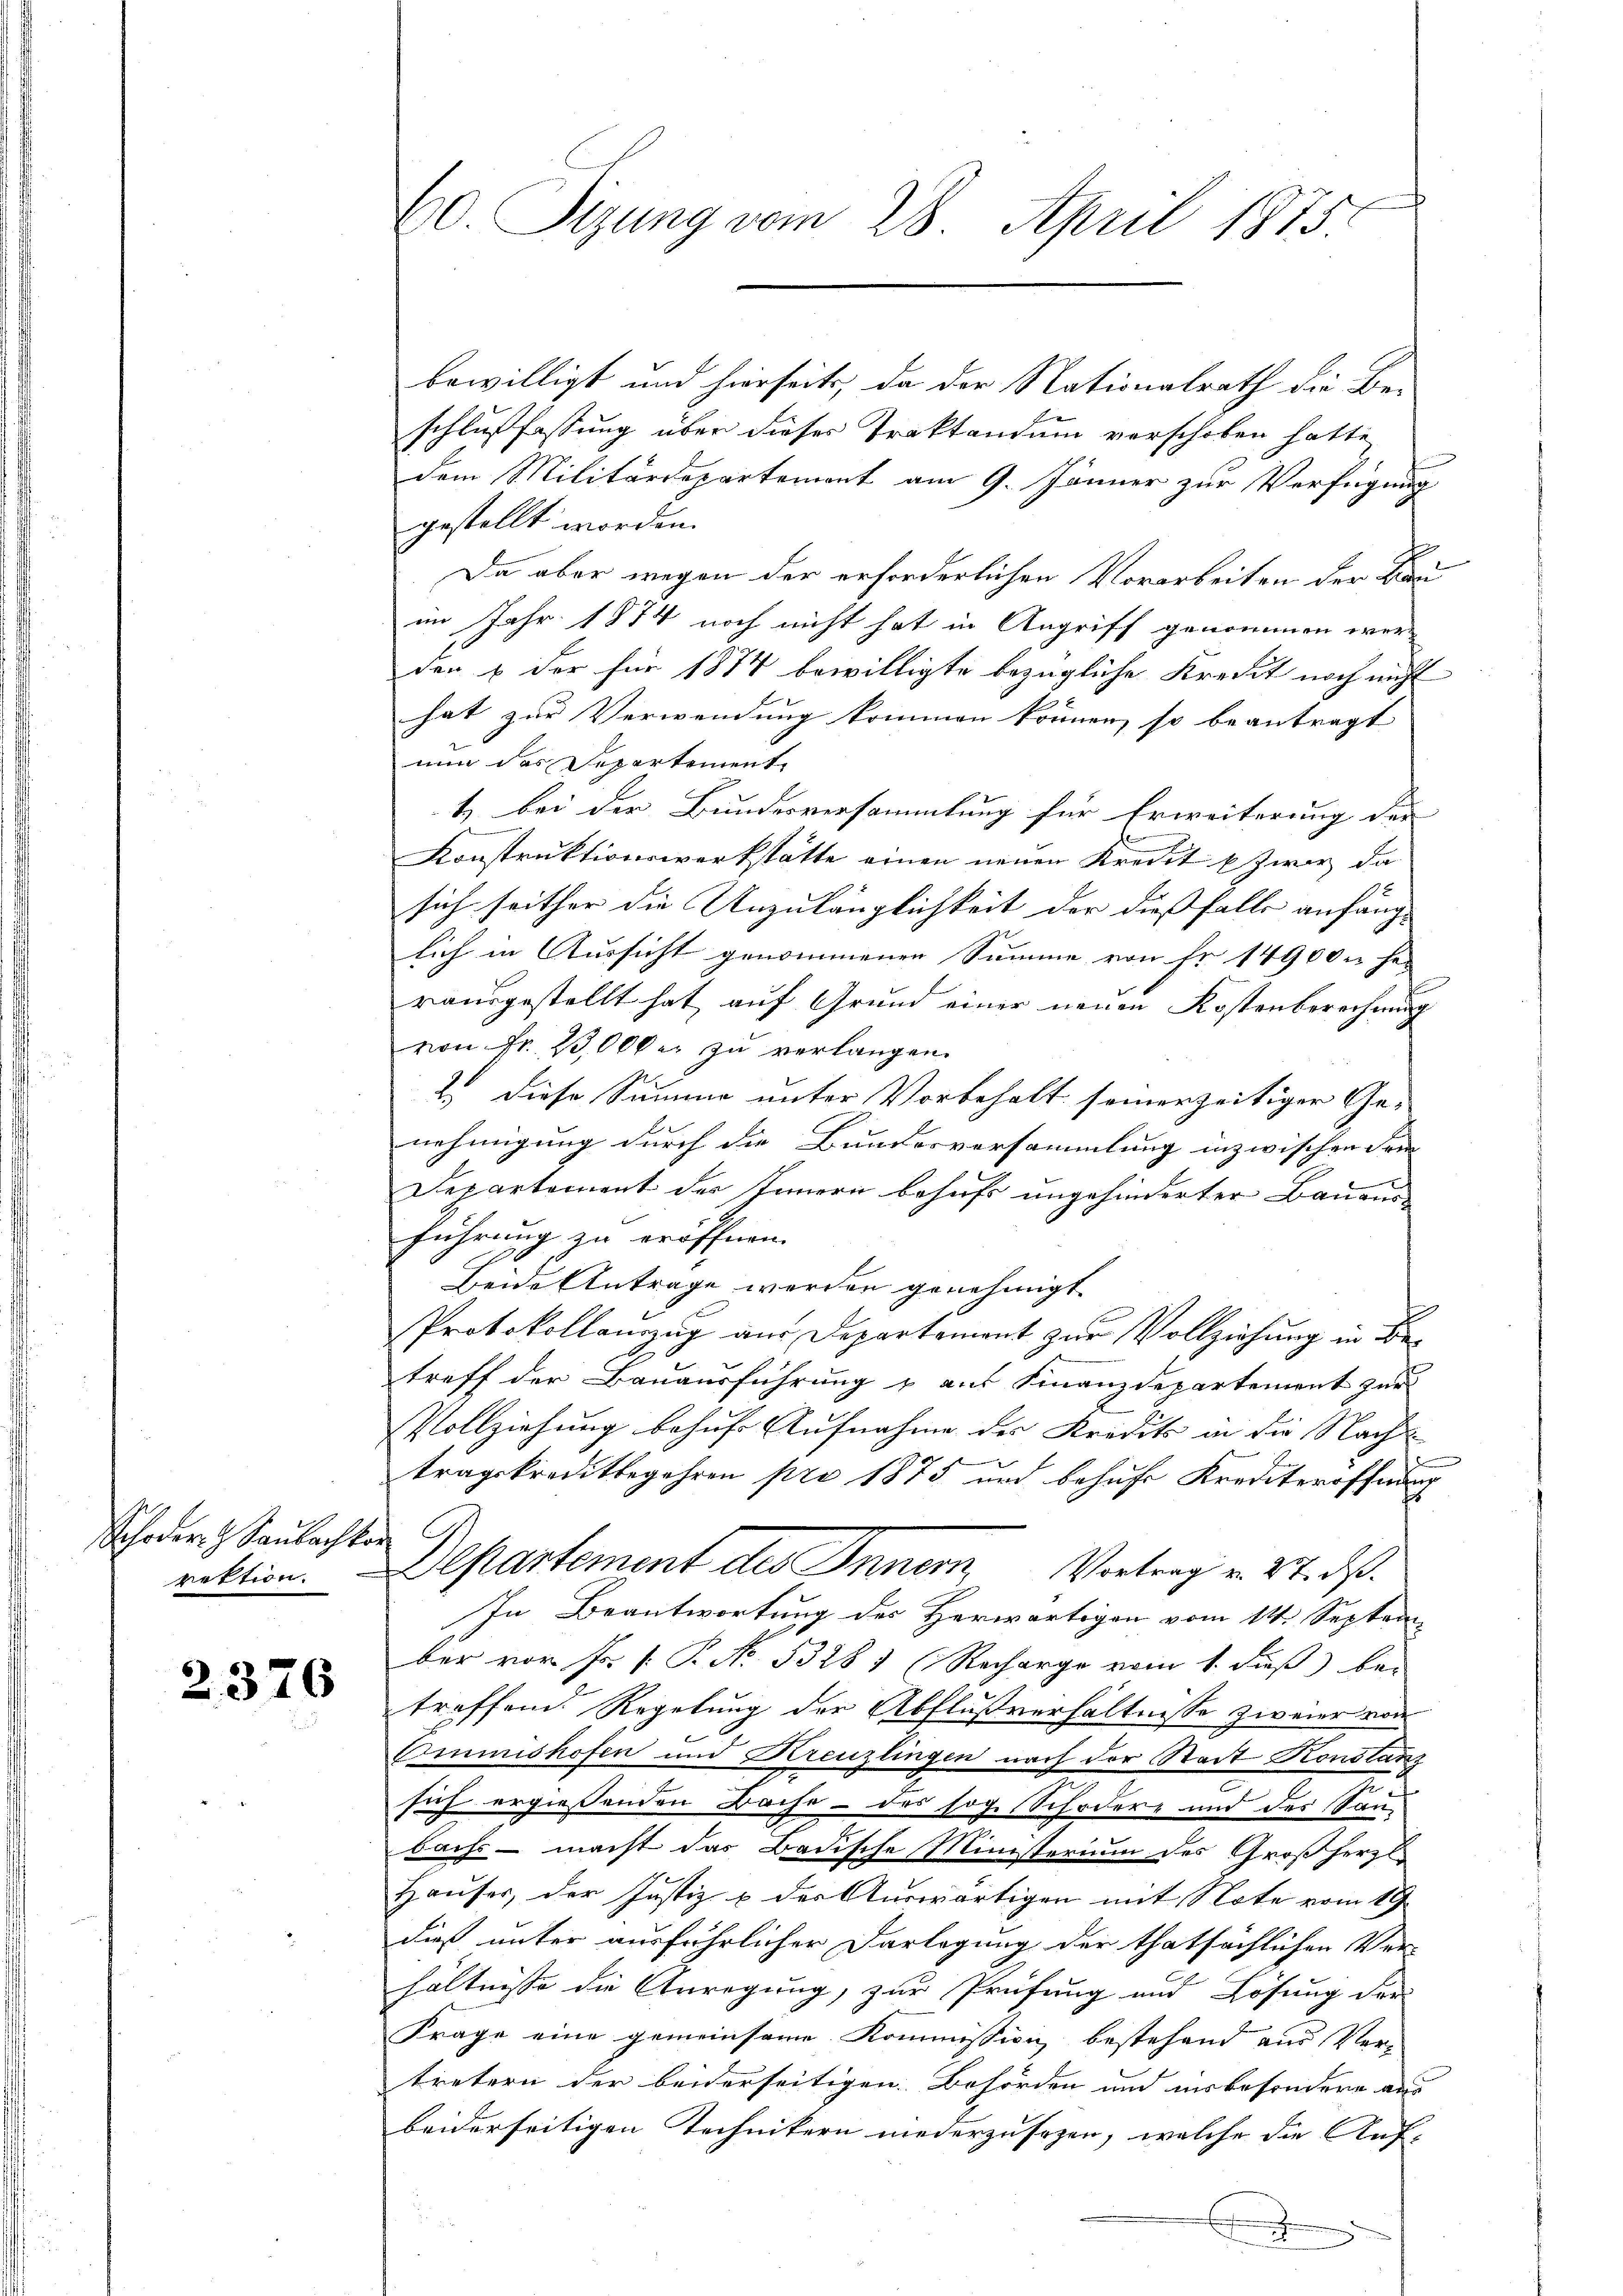
Schoder G. Saubacht.
rektion.

2376

0. Sizung vom 28. April 1875

bewilligt und hierseits, da der Nationalrath die Be-
schlußfassung über dieses Traktandum verschoben hatte,
dem Militärdepartement am 9. Jänner zur Verfügung
gestellt worden.
Da aber wegen der erforderlichen Vorarbeiten der Ba
im Jahr 1874 noch nicht hat in Angriff genommen werden & der für 1877 bewilligte bezügliche Kredit noch nicht
hat zur Verwendung kommen können, so beantragt
nun das Separtement
1) bei der Bundesversammlung für Erweiterung der
Konstruktionswerkstätte einen neuen Kredit zwar da
sich seither die Unzulänglichkeit der dießfalls anfänglich in Aussicht genommenen Summe von Fr. 14900. fer
rausgestellt hat auf Grund einer neuen Kostenberechnung
von Fr. 2300 er zu verlangen.
2. diese Summe unter Vorbehalt seinerzeitiger Ge-
nehmigung durch die Bundesversammlung inzwischen Frei- |
Departement des Innern behufs ungehinderter Bauaus-
führung zu eröffnen.
Beide Antrage werden genehmigt.
Protokollauszug aus Departement zur Vollziehung in Betreff der Bauausführung & auf Finanzdepartement zur
Vollziehung behufs Aufnahme des Kredits in die Nach-
tragskreditbegehren pro 1875 und behufe Krediteröffnung
t
Departement des Innern, Vertrag v. 27. ds.
In Beantwortung des Herwärtigen vom 14. Septem
ber vor F. P.P. No. 53281 (Recharge vom 1. dieß) bei
treffend. Regelung der Abflußverhältnisse zweier von
Emmishofen und Kreuzlingen nach der Stadt Konstanz
sich ergießenden Bache - des sog. Schödere und des Saubachs - macht das Badische Ministerium des Großherzl
Hauser, der Justiz & der Auswärtigen mit Note vom 19.
dieß unter ausführlicher Darlegung der thatsächlichen Ver-
hältnisse die Anregung, zur Prüfung und Lösung der
Frage eine gemeinsame Kommission bestehend aus Ver-
tretern der beiderseitigen Behörden und insbesondere aus
beiderseitigen Technikern niederzusehen, welche die Aufd
E
.